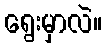
ရွေးမှာလဲ။